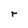
Character: r